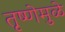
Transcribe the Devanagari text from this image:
तृष्णेमुळे